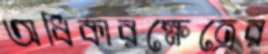
অধিকারক্ষেত্রের